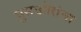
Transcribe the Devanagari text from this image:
घुसखोरांचा